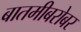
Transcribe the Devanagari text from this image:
बातमीबरोबर